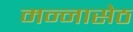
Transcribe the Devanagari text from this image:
मन्नासेठ